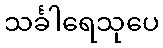
သင်္ခါရေသုပေ